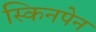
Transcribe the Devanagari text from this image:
स्किनपेन